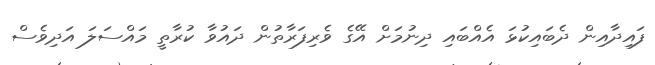
ފައިދާއިން ދެބައިކުޅަ އެއްބައި ދިނުމަށް އޭގެ ވެރިފަރާތުން ދައުވާ ކުރާތީ މައްސަލަ އަދިވެސް